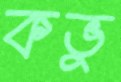
কভু